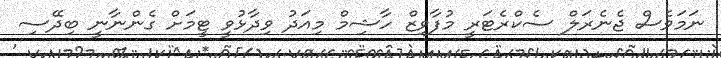
ނަމަވެސް ޖެނެރަލް ސެކްރެޓަރީ މުފާވިޒް ހާޝިމް މިއަދު ވިދާޅުވީ ޓީމަށް ގެންނާނީ ބިދޭސި